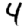
Digit: 4